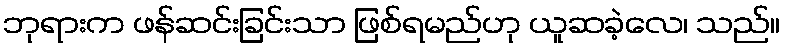
ဘုရားက ဖန်ဆင်းခြင်းသာ ဖြစ်ရမည်ဟု ယူဆခဲ့လေ၊ သည်။